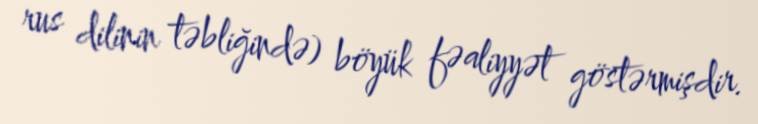
rus dilinin təbliğində) böyük fəaliyyət göstərmişdir.